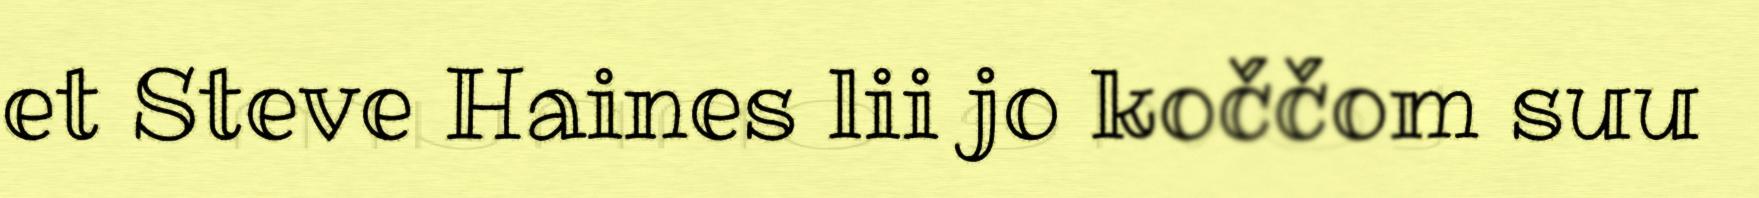
et Steve Haines lii jo koččom suu